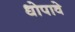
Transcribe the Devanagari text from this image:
धोपावे